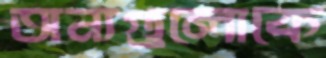
অন্যগুলোকে